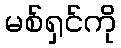
မစ်ရှင်ကို